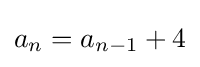
a_{n}=a_{n-1}+4